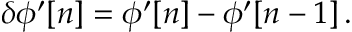
\delta \phi ^ { \prime } [ n ] = \phi ^ { \prime } [ n ] - \phi ^ { \prime } [ n - 1 ] \, .